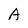
Character: A